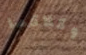
وكلاكما